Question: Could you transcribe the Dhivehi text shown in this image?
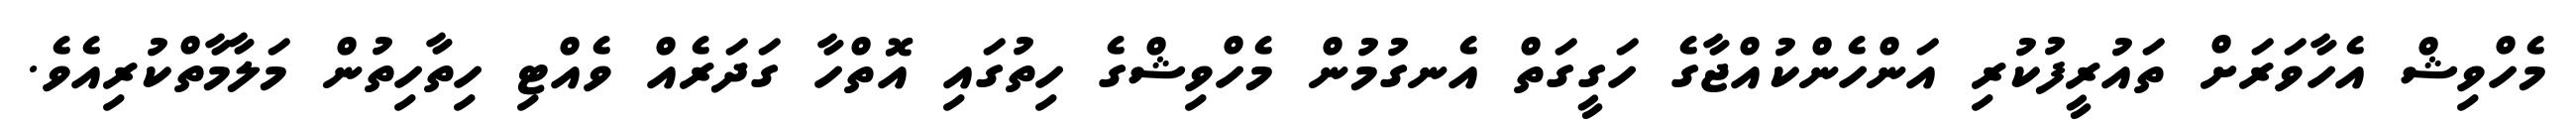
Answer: މެހްވިޝް އެހާވަރަށް ތައުރީފުކުރި އަންހެންކުއްޖާގެ ހަގީގަތް އެނގުމުން މެހްވިޝްގެ ހިތުގައި އޮތްހާ ގަދަރެއް ވެއްޓި ހިތާހިތުން މަލާމާތްކުރިއެވެ.